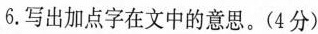
6.写出加点字在文中的意思。(4分)